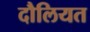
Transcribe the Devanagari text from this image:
दौलियत